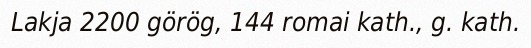
Lakja 2200 görög, 144 romai kath., g. kath.